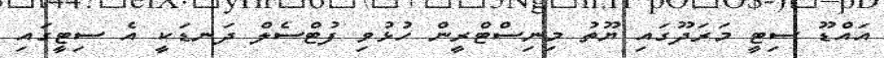
އައްޑޫ ސިޓީ މަރަދޫގައި ޔޫތު މިނިސްޓްރީން ހުޅުވި ފުޓްސެލް ދަނޑަކީ އެ ސިޓީގައި